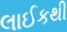
લાઈકથી